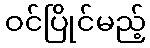
ဝင်ပြိုင်မည့်